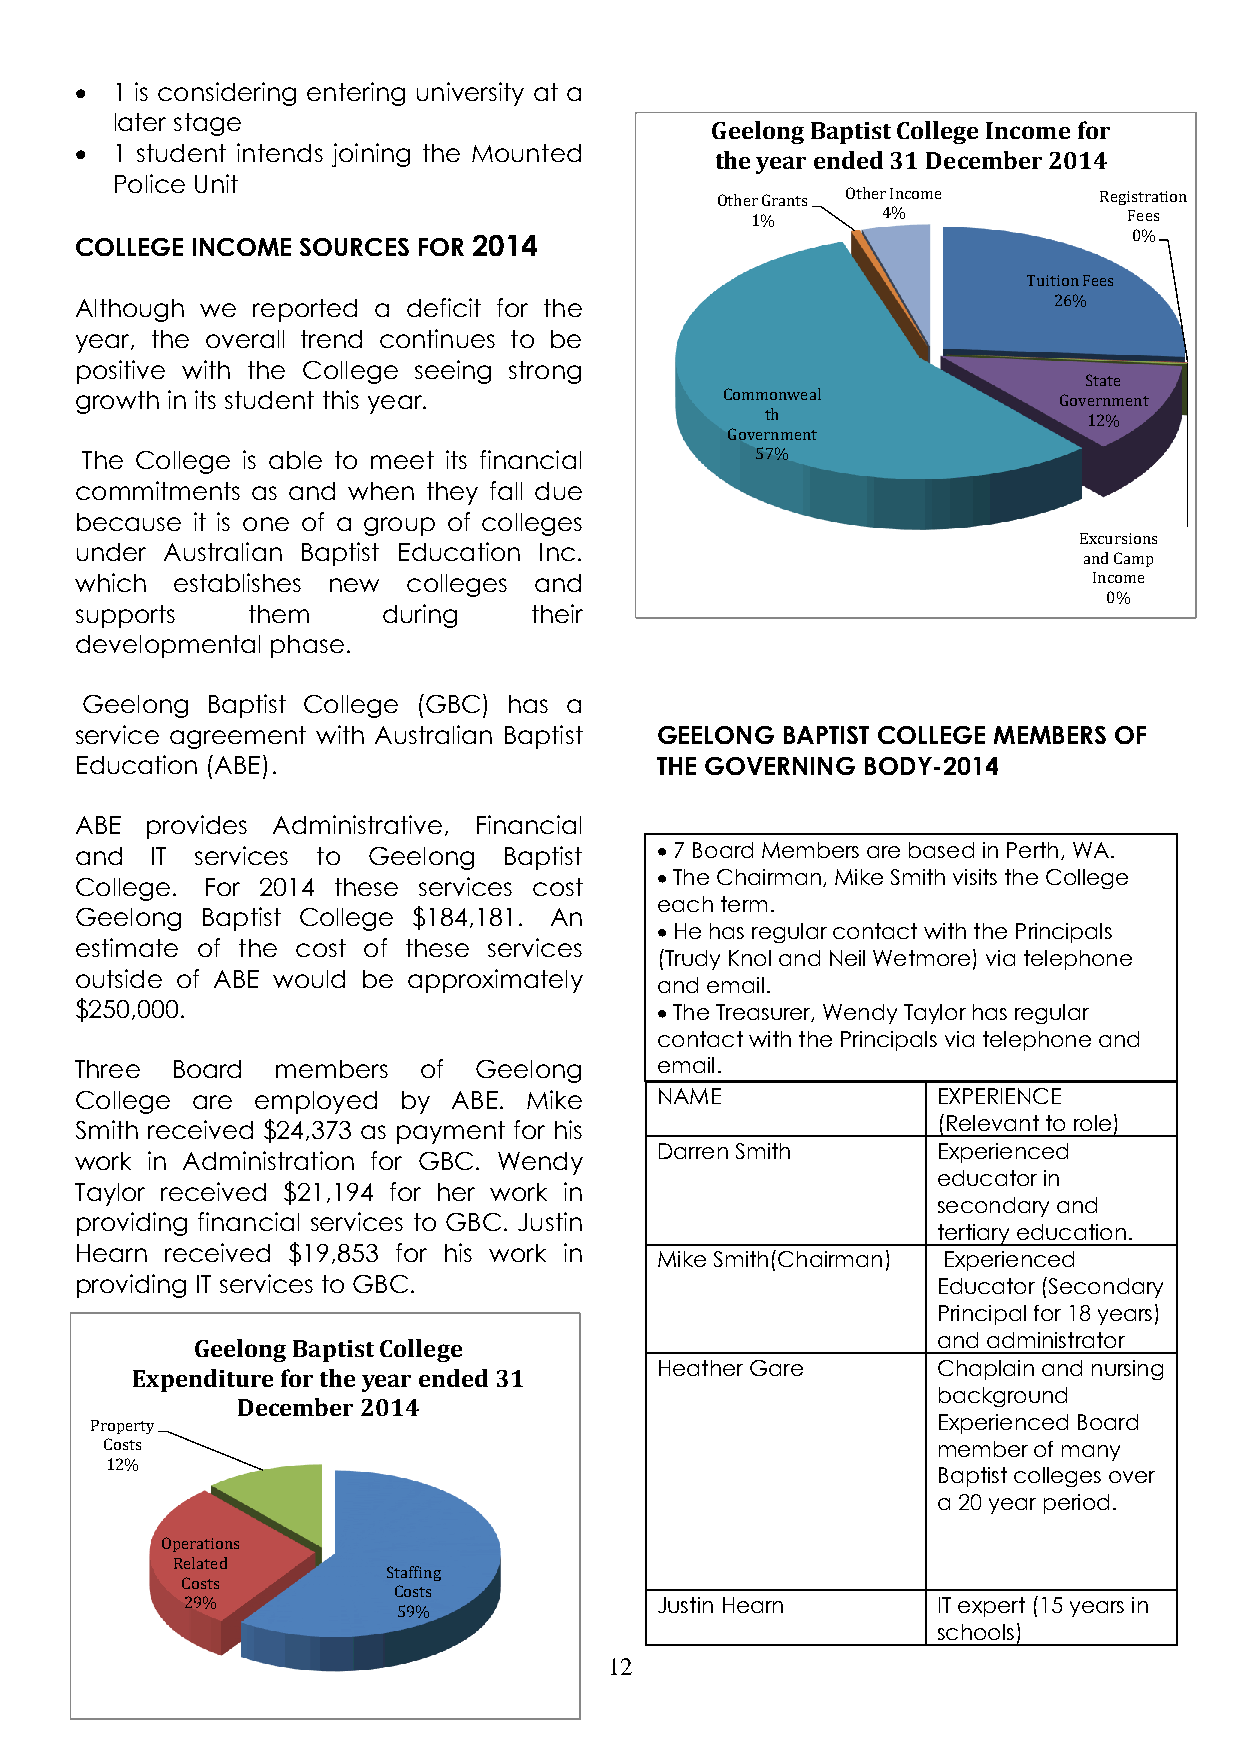
 1 is considering entering university at a
 later stage
 Geelong Baptist College Income for
  1 student intends joining the Mounted
 the year ended 31 December 2014
 Police Unit
 Other Grants Other Income Registration
 1%      4%               Fees
 COLLEGE INCOME SOURCES FOR 2014                                       0%
 Tuition Fees
 Although we reported a deficit for the                           26%
 year, the overall trend continues to be
 positive with the College seeing strong
 State
 growth in its student this year.           Commonweal            Government
 th                   12%
 Government
 The College is able to meet its financial    57%
 commitments as and when they fall due
 because it is one of a group of colleges
 Excursions
 under Australian Baptist Education Inc.
 and Camp
 which establishes new colleges and                                 Income
 0%
 supports   them     during    their
 developmental phase.
 Geelong  Baptist College (GBC) has a
 service agreement with Australian Baptist GEELONG BAPTIST COLLEGE MEMBERS OF
 Education (ABE).                      THE GOVERNING BODY-2014
 ABE  provides Administrative, Financial
 and  IT services to Geelong Baptist    7 Board Members are based in Perth, WA.
  The Chairman, Mike Smith visits the College
 College. For 2014 these services cost
 each term.
 Geelong Baptist College $184,181. An
  He has regular contact with the Principals
 estimate of the cost of these services
 (Trudy Knol and Neil Wetmore) via telephone
 outside of ABE would be approximately
 and email.
 $250,000.                              The Treasurer, Wendy Taylor has regular
 contact with the Principals via telephone and
 Three Board  members   of Geelong     email.
 College are employed by  ABE. Mike    NAME               EXPERIENCE
 Smith received $24,373 as payment for his                (Relevant to role)
 Darren Smith       Experienced
 work in Administration for GBC. Wendy
 educator in
 Taylor received $21,194 for her work in
 secondary and
 providing financial services to GBC. Justin
 tertiary education.
 Hearn received $19,853 for his work in
 Mike Smith(Chairman) Experienced
 providing IT services to GBC.                            Educator (Secondary
 Principal for 18 years)
 and administrator
 Geelong Baptist College
 Heather Gare       Chaplain and nursing
 Expenditure for the year ended 31
 background
 December 2014
 Property                                                Experienced Board
 Costs                                                  member of many
 12%
 Baptist colleges over
 a 20 year period.
 Operations
 Related
 Staffing
 Costs
 Costs
 29%                            Justin Hearn       IT expert (15 years in
 59%
 schools)
 12